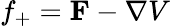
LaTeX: f_{+}={\mathbf F}-{\mathbf\nabla}V